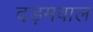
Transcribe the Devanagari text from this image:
दड़मवाल